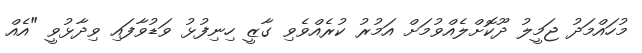
މުހައްމަދު ޖަމީލު ދޫކޮށްލެއްވުމަށް އަމުރު ކުރެއްވެވި ގާޒީ ހިނިފުޅު ވަޑުވާފައި ވިދާޅުވީ "އެއް